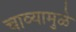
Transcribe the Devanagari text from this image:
चाव्यामुळे